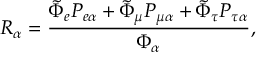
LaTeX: R _ { \alpha } = \frac { \tilde { \Phi } _ { e } P _ { e \alpha } + \tilde { \Phi } _ { \mu } P _ { \mu \alpha } + \tilde { \Phi } _ { \tau } P _ { \tau \alpha } } { \Phi _ { \alpha } } ,